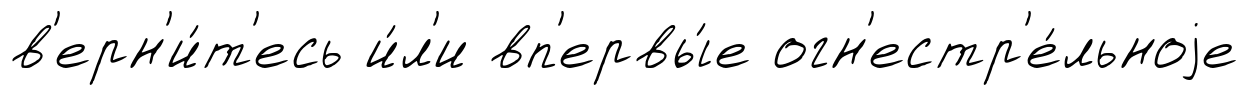
в'ерн'и́т'есь и́л'и вп'ервы́е огн'естр'е́льноjе